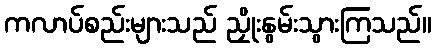
ကလာပ်စည်းများသည် ညှိုးနွမ်းသွားကြသည်။